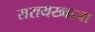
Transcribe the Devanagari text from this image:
सरायख्वाजा